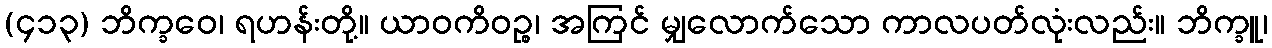
(၄၁၃) ဘိက္ခဝေ၊ ရဟန်းတို့။ ယာဝကိဝဉ္စ၊ အကြင် မျှလောက်သော ကာလပတ်လုံးလည်း။ ဘိက္ခူ၊